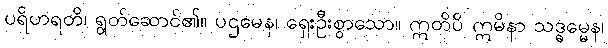
ပရိဟရတိ၊ ရွတ်ဆောင်၏။ ပဌမေန၊ ရှေးဦးစွာသော။ ဣတိပိ ဣမိနာ သဒ္ဓမ္မေန၊